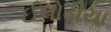
ઈલોડીયા